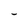
Character: I